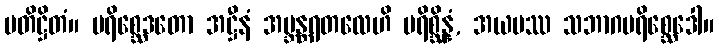
ပတိဋ္ဌိတံ။ ပရိစ္ဆေဒတော အဋ္ဌီနံ အဗ္ဘန္တရတလေဟိ ပရိစ္ဆိန္နံ, အယမဿ သဘာဂပရိစ္ဆေဒေါ။